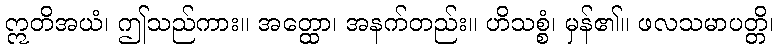
ဣတိအယံ၊ ဤသည်ကား။ အတ္ထော၊ အနက်တည်း။ ဟိသစ္စံ၊ မှန်၏။ ဖလသမာပတ္တိ၊